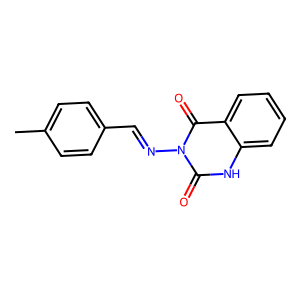
SMILES: Cc1ccc(C=Nn2c(=O)[nH]c3ccccc3c2=O)cc1
Inhibits HIV replication: No